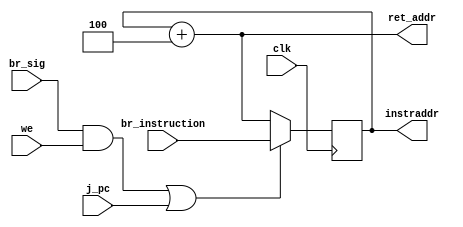
`timescale 1ns / 1ps
//////////////////////////////////////////////////////////////////////////////////
// Company: 
// Engineer: 
// 
// Design Name: 
// Module Name: ProgramCounter
// Project Name: 
// Target Devices: 
// Tool Versions: 
// Description: 
// 
// Dependencies: 
// 
// Revision:
// Revision 0.01 - File Created
// Additional Comments:
// 
//////////////////////////////////////////////////////////////////////////////////


module ProgramCounter(
input [7:0] br_instruction,
input we,
input j_pc,
input br_sig,
input clk,
output reg [7:0] instraddr,
output [7:0] ret_addr
    );
    
    initial instraddr=8'h00;
    assign ret_addr=instraddr+8'h04;
    always@(posedge clk)begin 
    
    if ((br_sig && we)||(j_pc)) begin
    instraddr=br_instruction;
    end
    else instraddr = ret_addr;
    end
endmodule